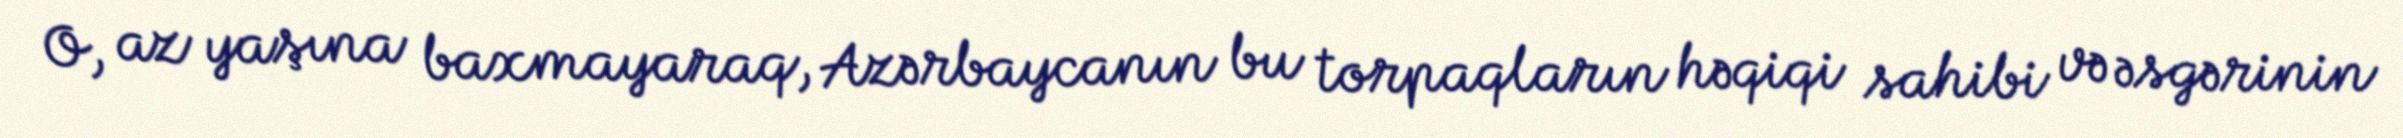
O, az yaşına baxmayaraq, Azərbaycanın bu torpaqların həqiqi sahibi və əsgərinin